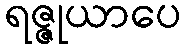
ရဇ္ဇုယာပေ